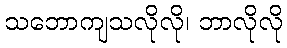
သဘောကျသလိုလို၊ ဘာလိုလို